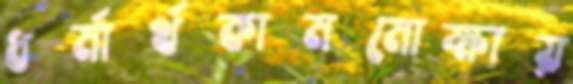
ধর্মার্থকামমোক্ষায়